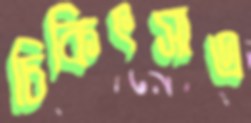
চিকিৎসাএ